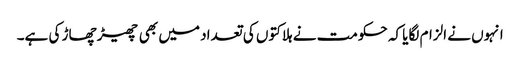
انہوں نے الزام لگایا کہ حکومت نے ہلاکتوں کی تعداد میں بھی چھیڑ چھاڑ کی ہے۔